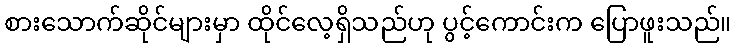
စားသောက်ဆိုင်များမှာ ထိုင်လေ့ရှိသည်ဟု ပွင့်ကောင်းက ပြောဖူးသည်။